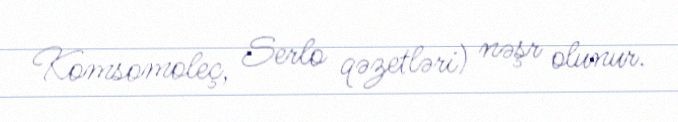
Komsomoleç, Serlo qəzetləri) nəşr olunur.